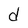
Character: d